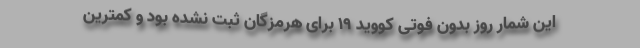
این شمار روز بدون فوتی کووید ۱۹ برای هرمزگان ثبت نشده بود و کمترین